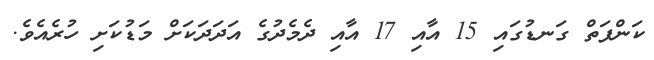
ކަންފަތް ގަނޑުގައި 15 އާއި 17 އާއި ދެމެދުގެ އަދަދަކަށް މަޑުކަށި ހުރެއެވެ.